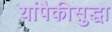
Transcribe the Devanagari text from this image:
यांपैकीसुद्धा